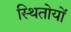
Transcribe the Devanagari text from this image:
स्थितोयों